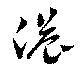
濃